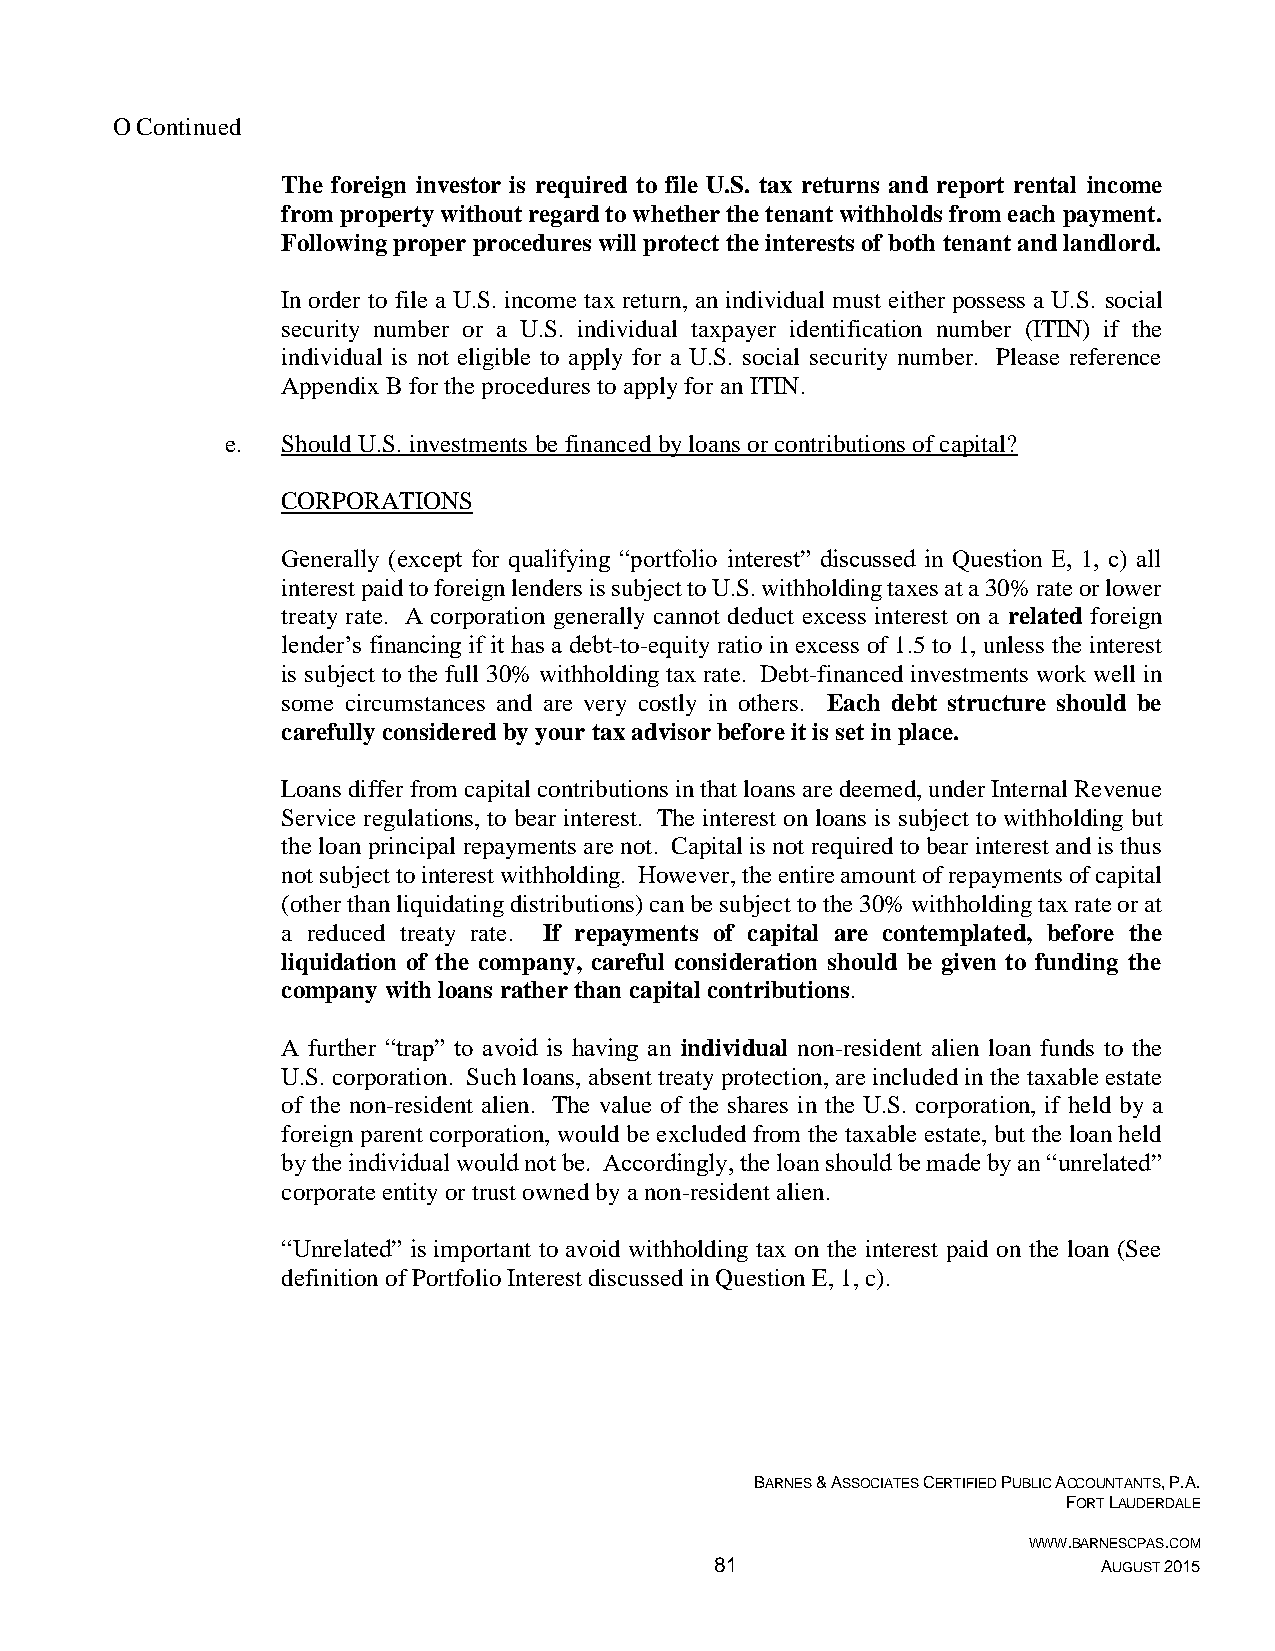
O Continued
 The foreign investor is required to file U.S. tax returns and report rental income
 from property without regard to whether the tenant withholds from each payment.
 Following proper procedures will protect the interests of both tenant and landlord.
 In order to file a U.S. income tax return, an individual must either possess a U.S. social
 security number or a U.S. individual taxpayer identification number (ITIN) if the
 individual is not eligible to apply for a U.S. social security number. Please reference
 Appendix B for the procedures to apply for an ITIN.
 e.  Should U.S. investments be financed by loans or contributions of capital?
 CORPORATIONS
 Generally (except for qualifying “portfolio interest” discussed in Question E, 1, c) all
 interest paid to foreign lenders is subject to U.S. withholding taxes at a 30% rate or lower
 treaty rate. A corporation generally cannot deduct excess interest on a related foreign
 lender’s financing if it has a debt-to-equity ratio in excess of 1.5 to 1, unless the interest
 is subject to the full 30% withholding tax rate. Debt-financed investments work well in
 some circumstances and are very costly in others. Each debt structure should be
 carefully considered by your tax advisor before it is set in place.
 Loans differ from capital contributions in that loans are deemed, under Internal Revenue
 Service regulations, to bear interest. The interest on loans is subject to withholding but
 the loan principal repayments are not. Capital is not required to bear interest and is thus
 not subject to interest withholding. However, the entire amount of repayments of capital
 (other than liquidating distributions) can be subject to the 30% withholding tax rate or at
 a reduced treaty rate. If repayments of capital are contemplated, before the
 liquidation of the company, careful consideration should be given to funding the
 company with loans rather than capital contributions.
 A further “trap” to avoid is having an individual non-resident alien loan funds to the
 U.S. corporation. Such loans, absent treaty protection, are included in the taxable estate
 of the non-resident alien. The value of the shares in the U.S. corporation, if held by a
 foreign parent corporation, would be excluded from the taxable estate, but the loan held
 by the individual would not be. Accordingly, the loan should be made by an “unrelated”
 corporate entity or trust owned by a non-resident alien.
 “Unrelated” is important to avoid withholding tax on the interest paid on the loan (See
 definition of Portfolio Interest discussed in Question E, 1, c).
 BARNES & ASSOCIATES CERTIFIED PUBLIC ACCOUNTANTS, P.A.
 FORT LAUDERDALE
 WWW.BARNESCPAS.COM
 81                        AUGUST 2015